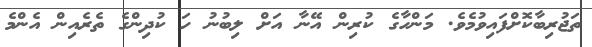
ތަޖުރިބާކޮށްފައިވުމެވެ. މަންހާގެ ކުރިން އޭނާ އަށް ލިބުނު ހަ ކުދިންގެ ތެރެއިން އެންމެ